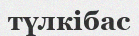
түлкібас